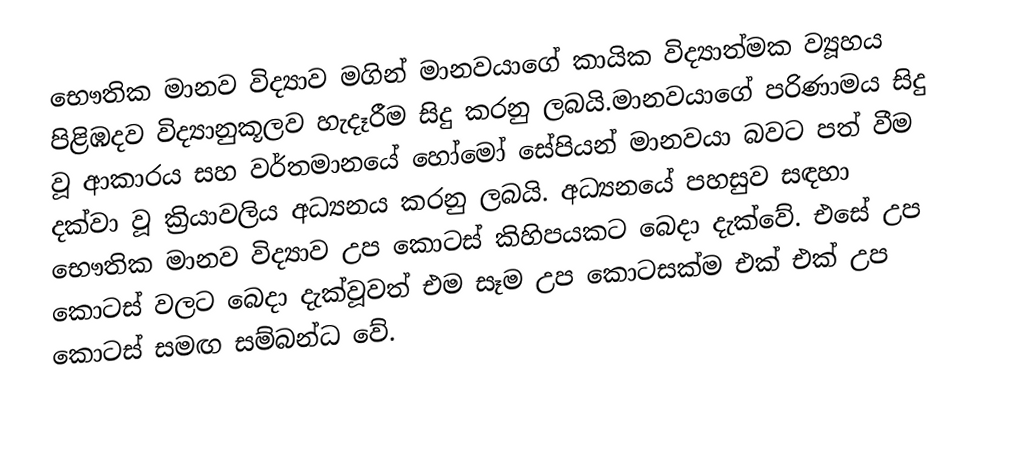
භෞතික මානව විද්‍යාව මගින් මානවයාගේ කායික විද්‍යාත්මක ව්‍යූහය පිළිඹදව විද්‍යානුකූලව හැදෑරීම සිදු කරනු ලබයි.මානවයාගේ පරිණාමය සිදු වූ ආකාරය සහ වර්තමානයේ හෝමෝ සේපියන් මානවයා බවට පත් වීම දක්වා වූ ක්‍රියාවලිය අධ්‍යනය කරනු ලබයි. අධ්‍යනයේ පහසුව සඳහා භෞතික මානව විද්‍යාව උප කොටස් කිහිපයකට බෙදා දැක්වේ. එසේ උප කොටස් වලට බෙදා දැක්වූවත් එම සෑම උප කොටසක්ම එක් එක් උප කොටස් සමඟ සම්බන්ධ වේ.